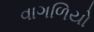
વાગળિયો